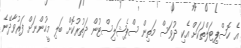
އެ ހޮސްޕިޓަލްތަކަށް އެކި ދުވަސް މަތިން ސްޕެޝަލިސްޓުން ދަތުރުކޮށް ބަލި މީހުންނަށް ފަރުވާދޭނެ